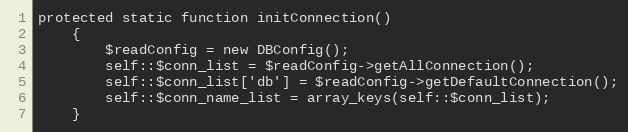
Language: PHP
protected static function initConnection()
    {
        $readConfig = new DBConfig();
        self::$conn_list = $readConfig->getAllConnection();
        self::$conn_list['db'] = $readConfig->getDefaultConnection();
        self::$conn_name_list = array_keys(self::$conn_list);
    }